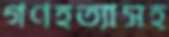
গণহত্যাসহ